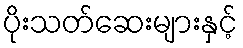
ပိုးသတ်ဆေးများနှင့်